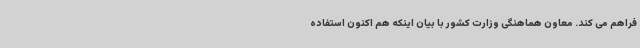
فراهم می کند. معاون هماهنگی وزارت کشور با بیان اینکه هم اکنون استفاده